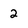
Character: 2